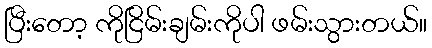
ပြီးတော့ ကိုငြိမ်းချမ်းကိုပါ ဖမ်းသွားတယ်။